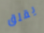
يقلق